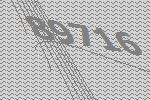
89716